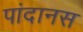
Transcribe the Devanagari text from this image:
पांदानस